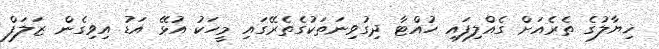
ޚިޔާލުގެ ތެރެއަށް ގެއްލިފައި ހުއްޓާ ދިގުވިނަތަކުގެތެރޭގައި މީހަކު އުޅޭ އަޑު އިވިގެން ޒަލަފް